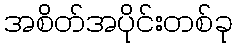
အစိတ်အပိုင်းတစ်ခု